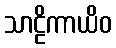
သာဠိကာယိဝ